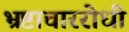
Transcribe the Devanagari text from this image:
भ्रष्टाचाररोधी